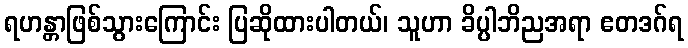
ရဟန္တာဖြစ်သွားကြောင်း ပြဆိုထားပါတယ်၊ သူဟာ ခိပ္ပါဘိညအရာ ဧတဒဂ်ရ